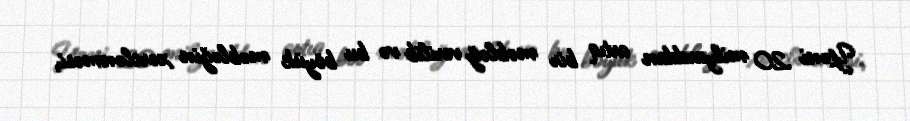
Yəni 20 milyarddan artıq bir məbləğ verilib və bu böyük məbləğin xərclənməsi,